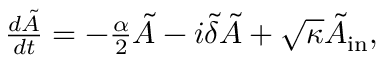
\begin{array} { r } { \frac { d \tilde { A } } { d t } = - \frac { \alpha } { 2 } \tilde { A } - i \tilde { \delta } \tilde { A } + \sqrt { \kappa } \tilde { A } _ { \mathrm { i n } } , } \end{array}